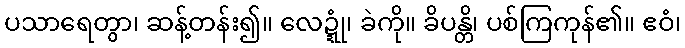
ပသာရေတွာ၊ ဆန့်တန်း၍။ လေဍ္ဍုံ၊ ခဲကို။ ခိပန္တိ၊ ပစ်ကြကုန်၏။ ဧဝံ၊